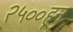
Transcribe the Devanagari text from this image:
२५००हून